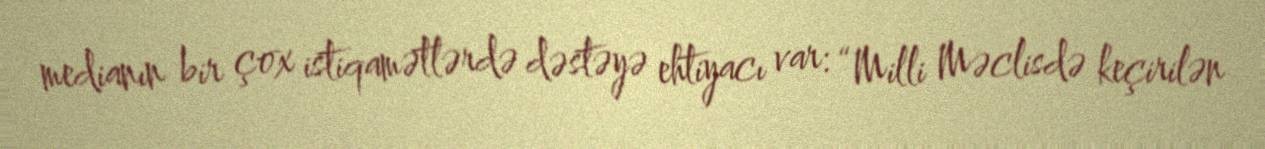
medianın bir çox istiqamətlərdə dəstəyə ehtiyacı var: “Milli Məclisdə keçirilən